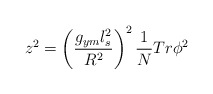
\begin{align*}z^2 = \left({g_{ym}l_s^2 \over R^2} \right)^2 {1 \over N}Tr{\phi}^2\end{align*}